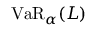
\operatorname { V a R } _ { \alpha } ( L )